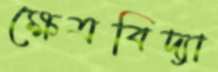
ক্ষেত্রবিদ্যা